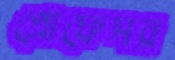
প্রোফেসর